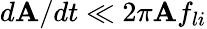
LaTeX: d\mathbf{A}/dt\ll2\pi\mathbf{A}f_{li}